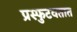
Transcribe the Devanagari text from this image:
प्रस्फुटवतात